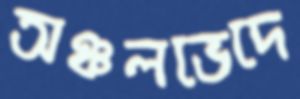
অঞ্চলভেদে